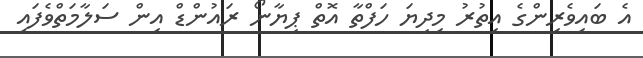
އެ ބައިވެރިންގެ އިތުރު މިދިޔަ ހަފްތާ އޮތް ޕިޔާނޯ ރައުންޑް އިން ސަލާމަތްވެފައި